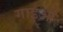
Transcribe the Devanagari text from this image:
गाइओं